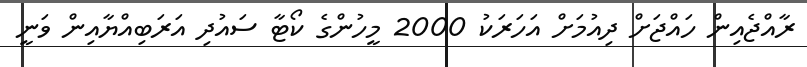
ރާއްޖެއިން ހައްޖަށް ދިއުމަށް އަހަރަކު 2000 މީހުންގެ ކޯޓާ ސައުދި އަރަބިއްޔާއިން ވަނީ